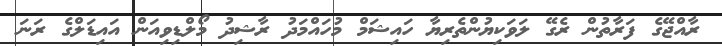
ރާއްޖޭގެ ފަރާތުން ރެގޭ ލަވަކިޔުންތެރިޔާ ހައިޝަމް މުހައްމަދު ރާޝިދު މޯލްޑިވިއަން އައިޑަލްގެ ރަނަ